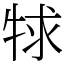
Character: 𤙠